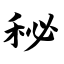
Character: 秘